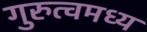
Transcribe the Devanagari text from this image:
गुरुत्वमध्य